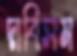
দাবিসম